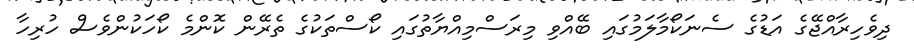
ދިވެހިރާއްޖޭގެ އަޑުގެ ސެނަކޯމާލަމުގައި ބޭއްވި މިރަސްމިއްޔާތުގައި ކޯސްތަކުގެ ތެރޭން ކޮންމެ ކޯހަކުންވެސް ހުރިހާ